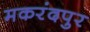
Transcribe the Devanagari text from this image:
मकरंदपुर